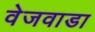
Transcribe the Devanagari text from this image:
वेजवाडा